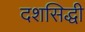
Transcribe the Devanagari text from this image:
दशसिद्धी